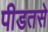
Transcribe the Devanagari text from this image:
पीडतसे